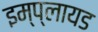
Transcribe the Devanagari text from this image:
इम्प्लायड